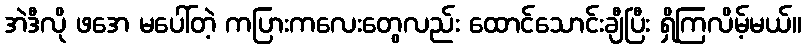
အဲဒီလို ဖအေ မပေါ်တဲ့ ကပြားကလေးတွေလည်း ထောင်သောင်းချီပြီး ရှိကြလိမ့်မယ်။